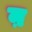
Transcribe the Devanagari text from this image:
ऩ